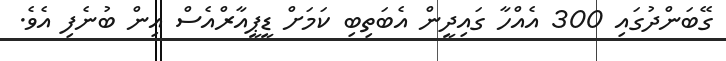
ގޭބަންދުގައި 300 އެއްހާ ގައިދީން އެބަތިބި ކަމަށް ޑީޕީއާރްއެސް އިން ބުނެފި އެވެ.